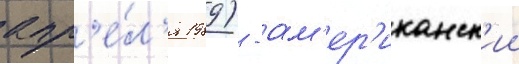
апр'е́л'я 1989) - ам'ер'иканск'ии